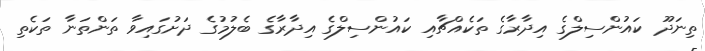
ތިނަދޫ ކައުންސިލްގެ އިދާރާގެ ތަކެއްޗާއި ކައުންސިލްގެ އިދާރާގެ ބެލުމުގެ ދަށުގައިވާ ތަންތަނާ ތަކެތި